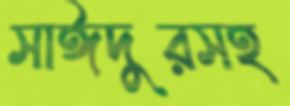
সাঈদুরসহ